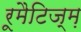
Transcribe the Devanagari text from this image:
रूमैटिज्म़